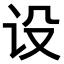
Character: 设